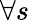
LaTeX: \forall s